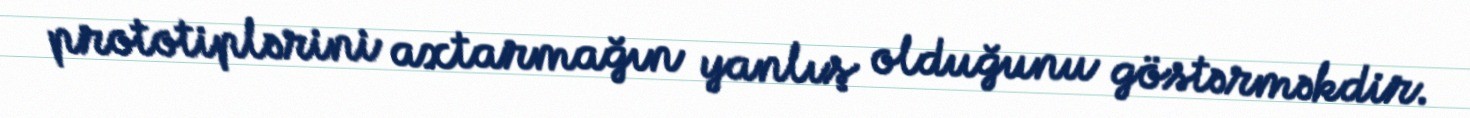
prototiplərini axtarmağın yanlış olduğunu göstərməkdir.